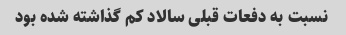
نسبت به دفعات قبلی سالاد کم گذاشته شده بود